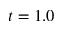
t = 1 . 0